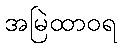
အမြဲထာဝရ